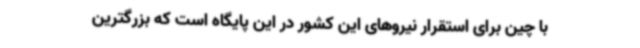
با چین برای استقرار نیروهای این کشور در این پایگاه است که بزرگترین